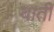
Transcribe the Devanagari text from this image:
वाती